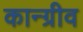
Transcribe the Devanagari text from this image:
कान्ग्रीव